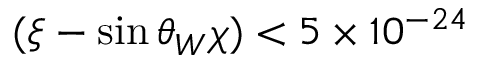
( \xi - \sin \theta _ { W } \chi ) < 5 \times 1 0 ^ { - 2 4 }